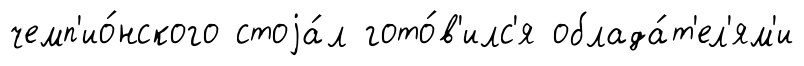
чемп'ио́нского стоjа́л гото́в'илс'я облада́т'ел'ям'и